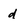
Character: d